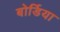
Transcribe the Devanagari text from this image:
बोर्डिया